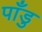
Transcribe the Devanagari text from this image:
पाँडु